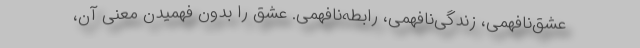
عشق‌نافهمی، زندگی‌‌نافهمی، رابطه‌نافهمی. عشق را بدون فهمیدن معنی آن،